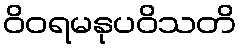
ဝိဝရမနုပဝိသတိ